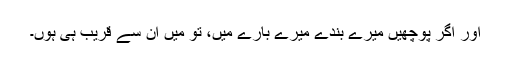
اور اگر پوچھیں میرے بندے میرے بارے میں، تو میں اُن سے قریب ہی ہوں۔